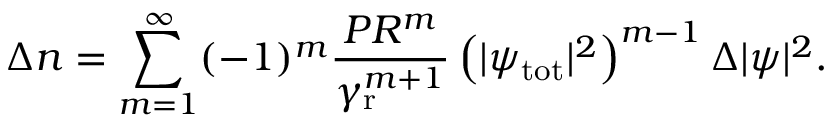
\Delta n = \sum _ { m = 1 } ^ { \infty } ( - 1 ) ^ { m } \frac { P R ^ { m } } { \gamma _ { \mathrm { r } } ^ { m + 1 } } \left( | \psi _ { \mathrm { t o t } } | ^ { 2 } \right) ^ { m - 1 } \Delta | \psi | ^ { 2 } .